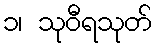
၁၊ သုဝီရသုတ်